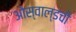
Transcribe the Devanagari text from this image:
ओस्वाल्डची